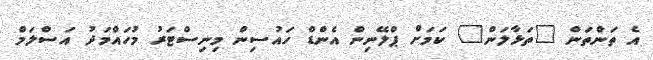
އެ ތަންތަން "ތަޅާލަން" ކަމަށް ޕްލޭނިން އެންޑް ހައުސިން މިނިސްޓަރު މުހައްމަދު އަސްލަމް